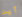
أين